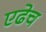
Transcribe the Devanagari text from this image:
एढेच